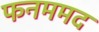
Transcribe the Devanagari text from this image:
फनममद